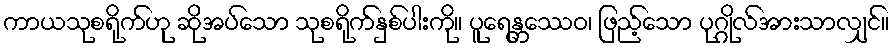
ကာယသုစရိုက်ဟု ဆိုအပ်သော သုစရိုက်နှစ်ပါးကို။ ပူရေန္တဿေဝ၊ ဖြည့်သော ပုဂ္ဂိုလ်အားသာလျှင်။